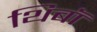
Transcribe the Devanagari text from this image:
थिबॉ